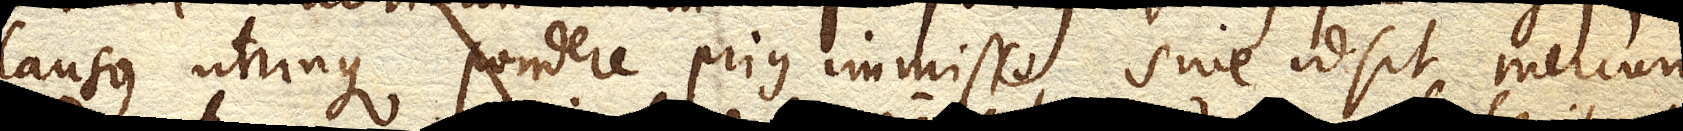
clausus utrinque pondere prius immisso, sive id sit Mercurius,